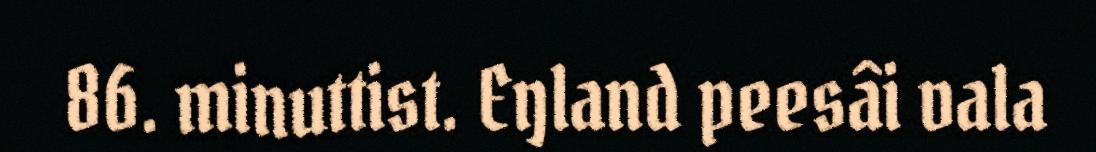
86. minuttist. Eŋland peesâi vala